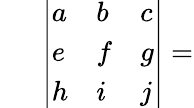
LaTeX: \begin{array}{r}{~~~~~~{\left|\begin{array}{lll}{a}&{b}&{c}\\ {e}&{f}&{g}\\ {h}&{i}&{j}\end{array}\right|}=}\end{array}